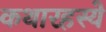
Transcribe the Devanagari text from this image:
कथारहस्ये